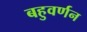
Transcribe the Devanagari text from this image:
बहुवर्णन